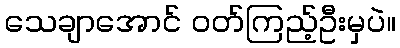
သေချာအောင် ဝတ်ကြည့်ဦးမှပဲ။